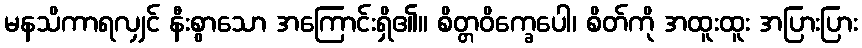
မနသိကာရလျှင် နီးစွာသော အကြောင်းရှိ၏။ စိတ္တဝိက္ခေပေါ၊ စိတ်ကို အထူးထူး အပြားပြား